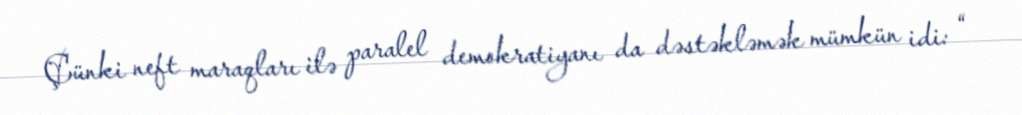
Çünki neft maraqları ilə paralel demokratiyanı da dəstəkləmək mümkün idi: “